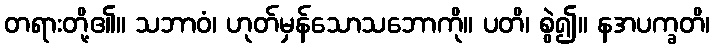
တရားတို့၏။ သဘာဝံ၊ ဟုတ်မှန်သောသဘောကို။ ပတိ၊ စွဲ၍။ နအပက္ခတိ၊